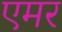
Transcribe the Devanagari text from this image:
एमर